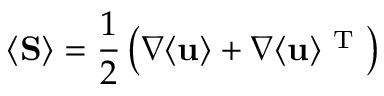
\langle { \bf { S } } \rangle = \frac { 1 } { 2 } \left( \nabla \langle { \bf { u } } \rangle + \nabla \langle { \bf { u } } \rangle ^ { \mathrm { ~ T ~ } } \right)